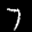
Label: 7